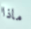
ماذا